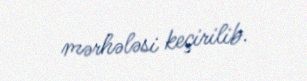
mərhələsi keçirilib.